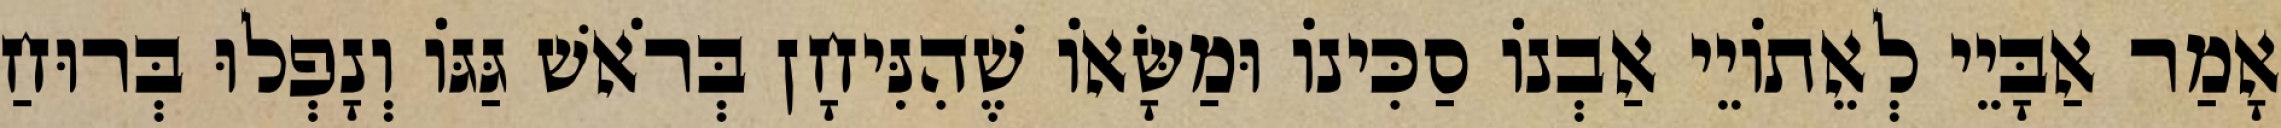
אָמַר אַבָּיֵי לְאֵתוֹיֵי אַבְנוֹ סַכִּינוֹ וּמַשָּׂאוֹ שֶׁהִנִּיחָן בְּרֹאשׁ גַּגּוֹ וְנָפְלוּ בְּרוּחַ